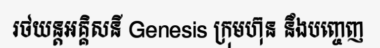
រថយន្តអគ្គិសនី Genesis ក្រុមហ៊ុន នឹងបញ្ចេញ